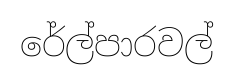
රේල්පාරවල්